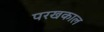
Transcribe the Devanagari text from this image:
परखकाल